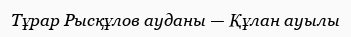
Тұрар Рысқұлов ауданы — Құлан ауылы